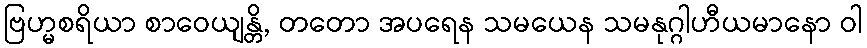
ဗြဟ္မစရိယာ စာဝေယျန္တိ, တတော အပရေန သမယေန သမနုဂ္ဂါဟီယမာနော ဝါ